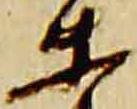
等